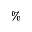
\%